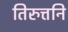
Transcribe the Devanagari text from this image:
तिरुत्तनि